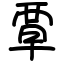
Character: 覃